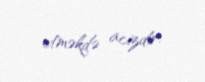
etməkdə acizdir.